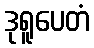
ဒုရူပေတံ